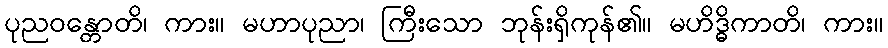
ပုညဝန္တောတိ၊ ကား။ မဟာပုညာ၊ ကြီးသော ဘုန်းရှိကုန်၏။ မဟိဒ္ဓိကာတိ၊ ကား။